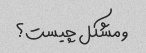
و مشکل چیست؟